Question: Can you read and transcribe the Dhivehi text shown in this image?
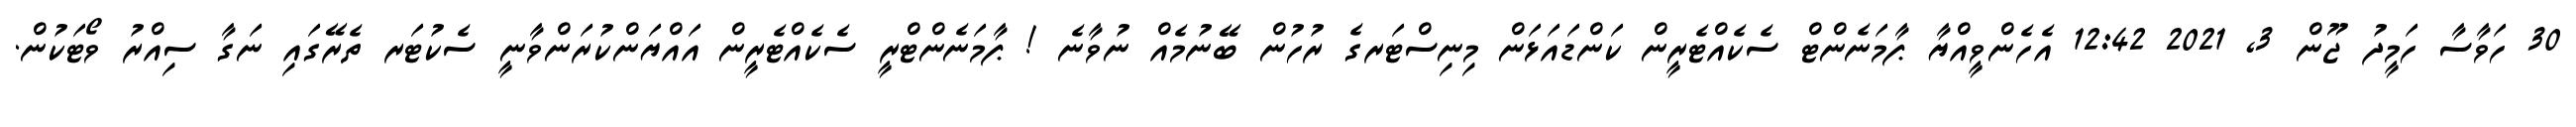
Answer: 30 ހަވާސާ ހަމީދު ޖޫން 3, 2021 12:42 އެހެންވީއްޔާ ޕާމަނެންޓް ސެކެއްޓެރީން ކަންޑައަޅަން މިނިސްޓަރގެ ރުހުން ބޭނުމެއް ނުވާނެ ! ޕާމަނެންޓްރީ ސެކެއްޓެރީން އައްޔަންކުރަންވާނީ ސެކުޓަރ ތެރޭގައި ނަގާ ސިއްރު ވޯޓަކުން.